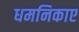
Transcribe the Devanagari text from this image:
धमनिकाए